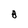
Character: 8